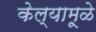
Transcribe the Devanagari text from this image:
केल्यामूळे